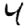
Digit: 4